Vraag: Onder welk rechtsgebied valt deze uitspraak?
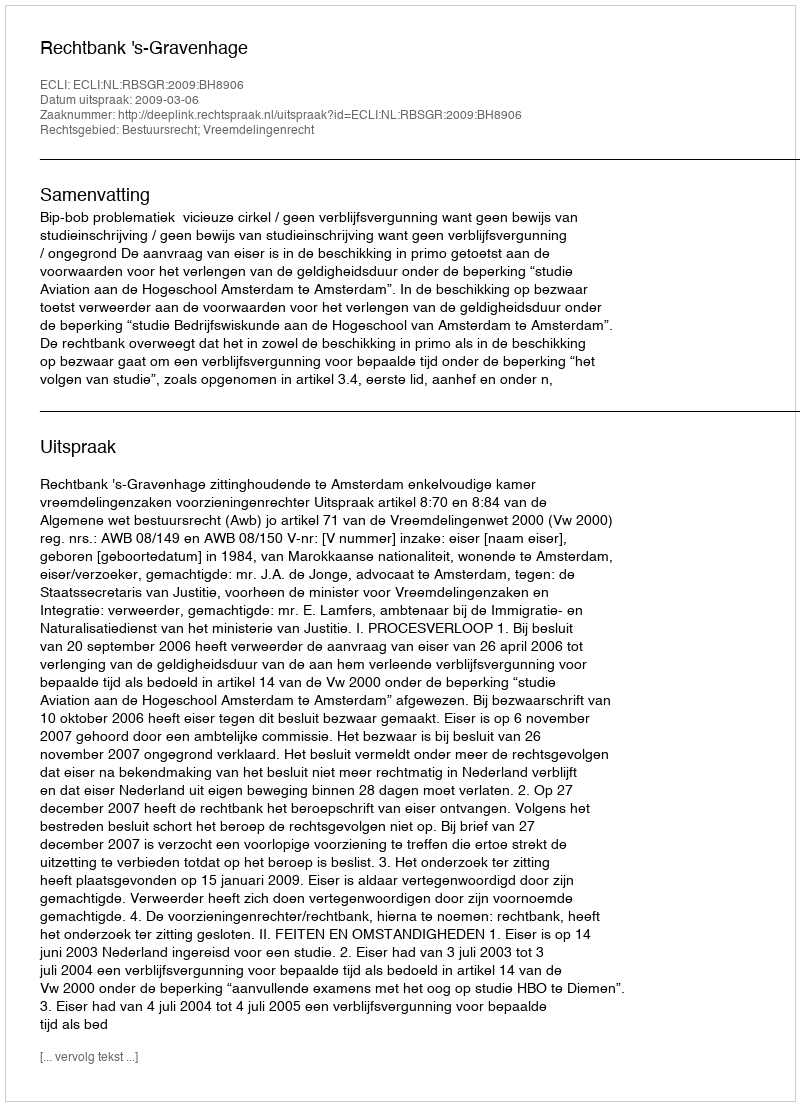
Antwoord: Bestuursrecht; Vreemdelingenrecht